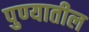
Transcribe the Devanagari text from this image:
पुण्‍यातील